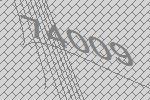
74009